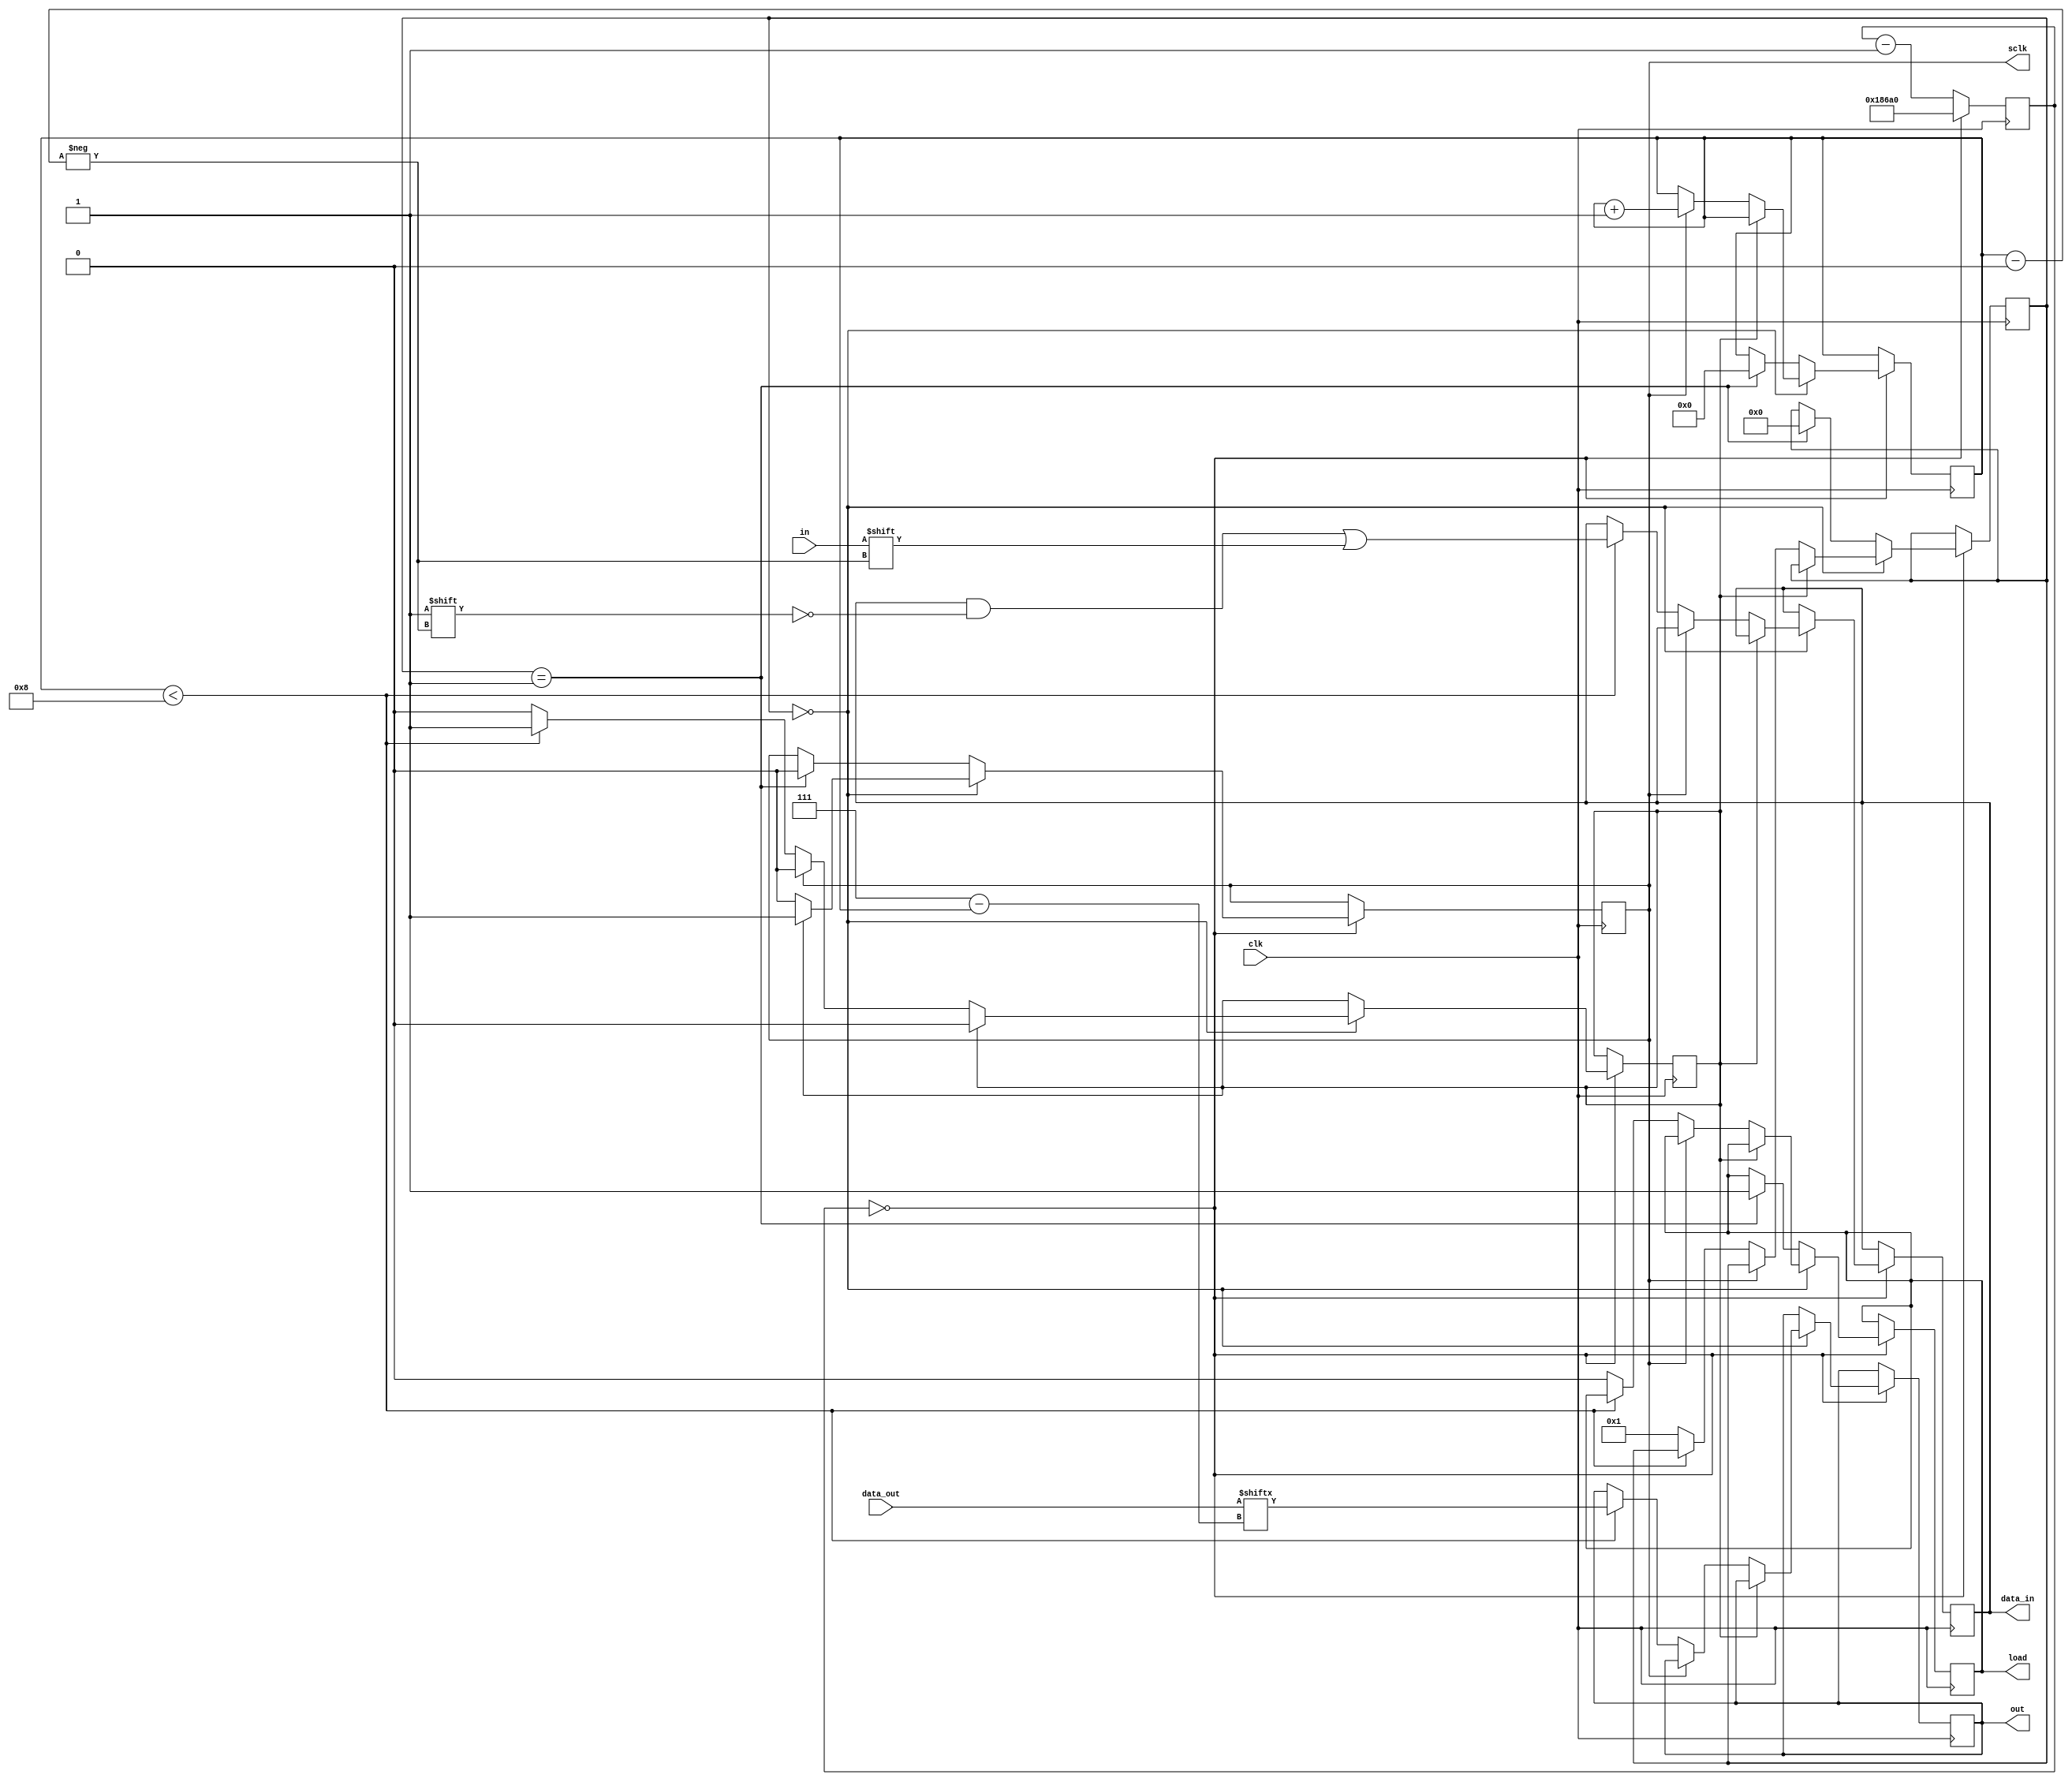
// This program was cloned from: https://github.com/multigcs/riocore
// License: GNU General Public License v2.0

/* verilator lint_off WIDTHTRUNC */
module shiftreg
    #(
         parameter WIDTH = 8,
         parameter DIVIDER = 100000
     )
     (
         input clk,
         output reg out = 0,
         input in,
         output reg sclk = 0,
         output reg load = 1,
         output reg [WIDTH-1:0] data_in = 0,
         input [WIDTH-1:0] data_out
     );
    reg [7:0] data_pos = 0;
    reg [31:0] counter = 0;
    reg [8:0] state = 0;
    reg delay = 0;

    always @(posedge clk) begin
        if (counter == 0) begin
            counter <= DIVIDER;

            if (state == 0) begin
                if (delay == 1) begin
                    delay <= 0;
                    sclk <= 1;
                end else if (sclk == 1) begin
                    sclk <= 0;
                    data_pos <= data_pos + 1;
                end else if (data_pos < WIDTH) begin
                    data_in[data_pos] = in;
                    out = data_out[WIDTH - 1 - data_pos];
                    delay <= 1;
                end else begin
                    load <= 1'd0;
                    state <= 1;
                end
            end else if (state == 1) begin
                // output
                load <= 1'd1;
                sclk <= 1'd0;
                data_pos <= 8'd0;
                state <= 0;
            end

        end else begin
            counter <= counter - 1;
        end
    end
endmodule